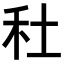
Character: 𥝟